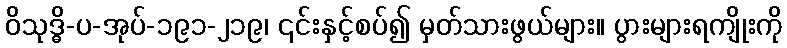
ဝိသုဒ္ဓိ-ပ-အုပ်-၁၉၁-၂၁၉၊ ၎င်းနှင့်စပ်၍ မှတ်သားဖွယ်များ။ ပွားများရကျိုးကို